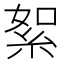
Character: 絮